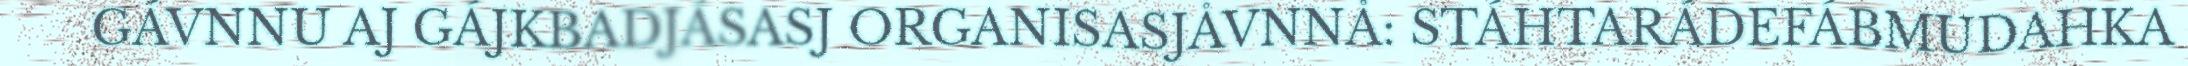
GÁVNNU AJ GÁJKBADJÁSASJ ORGANISASJÅVNNÅ: STÁHTARÁDEFÁBMUDAHKA